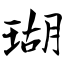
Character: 瑚